Report of the Indian Hemp Drugs Commission, 1894-1895 - Volume VI
Year: 1894
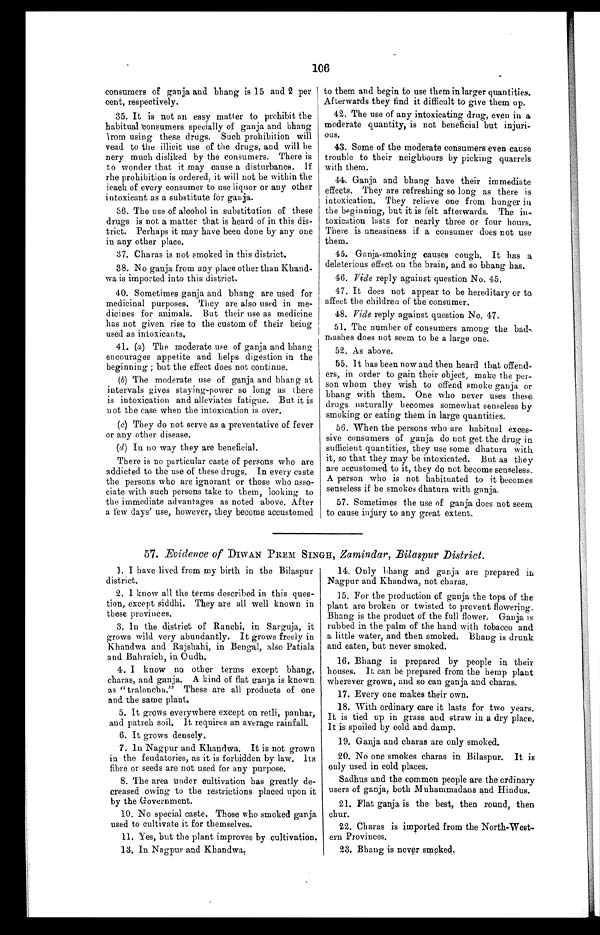
106
consumers of ganja and bhang is 15 and 2 per
cent, respectively.
35. It is not an easy matter to prohibit the
habitual consumers specially of ganja and bhang
from using these drugs. Such prohibition will
vead to the illicit use of the drugs, and will be
nery much disliked by the consumers. There is
to wonder that it may cause a disturbance. If
rhe prohibition is ordered, it will not be within the
ieach of every consumer to use liquor or any other
intoxicant as a substitute for ganja.
36. The use of alcohol in substitution of these
drugs is not a matter that is heard of in this dis
- t r i c t . P e r h a p s i t m a y h a v e b e e n d o n e b y a n y o n e
in any other place.
37. Charas is not smoked in this district.
38. No ganja from any place other than Khand
-wa is imported into this district.
40. Sometimes ganja and bhang are used for
medicinal purposes. They are also used in me
- d i c i n e s f o r a n i m a l s . B u t t h e i r u s e a s m e d i c i n e
has not given rise to the custom of their being
used as intoxicants.
41. (a) The moderate use of ganja and bhang
encourages appetite and helps digestion in the
beginning; but the effect does not continue.
(b) The moderate use of ganja and bhang at
intervals gives staying-power so long as there
is intoxication and alleviates fatigue. But it is
not the case when the intoxication is over.
(c) They do not serve as a preventative of fever
or any other disease.
(d) In no way they are beneficial.
There is no particular caste of persons who are
addicted to the use of these drugs. In every caste
the persons who are ignorant or those who asso
- c i a t e w i t h s u c h p e r s o n s t a k e t o t h e m , l o o k i n g t o
the immediate advantages as noted above. After
a few days' use, however, they become accustomed
to them and begin to use them in larger quantities.
Afterwards they find it difficult to give them up.
42. The use of any intoxicating drug, even in a
moderate quantity, is not beneficial but injuri
- o u s .
43. Some of the moderate consumers even cause
trouble to their neighbours by picking quarrels
with them.
44. Ganja and bhang have their immediate
effects. They are refreshing so long as there is
intoxication. They relieve one from hunger in
the beginning, but it is felt afterwards. The in
- t o x i c a t i o n l a s t s f o r n e a r l y t h r e e o r f o u r h o u r s .
There is uneasiness if a consumer does not use
them.
45. Ganja-smoking causes cough. It has a
deleterious effect on the brain, and so bhang has.
46. Vide reply against question No. 45.
47. It does not appear to be hereditary or to
affect the children of the consumer.
48. Vide reply against question No. 47.
51. The number of consumers among the bad
-mashes does not seem to be a large one.
52. As above.
55. It has been now and then heard that offend
-ers, in order to gain their object, make the per
- s o n w h o m t h e y w i s h t o o f f e n d s m o k e g a n j a o r
bhang with them. One who never uses these
drugs naturally becomes somewhat senseless by
smoking or eating them in large quantities.
56. When the persons who are habitual exces
- s i v e c o n s u m e r s o f g a n j a d o n o t g e t t h e d r u g i n
sufficient quantities, they use some dhatura with
it, so that they may be intoxicated. But as they
are accustomed to it, they do not become senseless.
A person who is not habituated to it becomes
senseless if he smokes dhatura with ganja.
57. Sometimes the use of ganja does not seem
to cause injury to any great extent.
57. Evidence of DIWAN PREM SINGH, Zamindar, Bilaspur District.
1. I have lived from my birth in the Bilaspur
district.
2. I know all the terms described in this ques
- t i o n , e x c e p t s i d d h i . T h e y a r e a l l w e l l k n o w n i n
these provinces.
3. In the district of Ranchi, in Sarguja, it
grows wild very abundantly. It grows freely in
g r o w s w i l d v e r y a b u n d a n t l y . I t g r o w s f r e e l y i n t h e K h a n d w a a n d R a j s h a h i , i n B e n g a l , a l s o P a t i a l a
and Bahraich, in Oudh.
4. I know no other terms except bhang,
charas, and ganja. A kind of flat ganja is known
as "traloncha." These are all products of one
and the same plant.
5. It grows everywhere except on retli, panhar,
and patreh soil. It requires an average rainfall.
6. It grows densely.
7. In Nagpur and Khandwa. It is not grown
in the feudatories, as it is forbidden by law. Its
fibre or seeds are not used for any purpose.
8. The area under cultivation has greatly de
- c r e a s e d o w i n g t o t h e r e s t r i c t i o n s p l a c e d u p o n i t
by the Government.
10. No special caste. Those who smoked ganja
used to cultivate it for themselves.
11. Yes, but the plant improves by cultivation.
13. In Nagpur and Khandwa.
14. Only bhang and ganja are prepared in
Nagpur and Khandwa, not charas.
15. For the production of ganja the tops of the
plant are broken or twisted to prevent flowering.
Bhang is the product of the full flower. Ganja is
rubbed in the palm of the hand with tobacco and
a little water, and then smoked. Bhang is drunk
and eaten, but never smoked.
16. Bhang is prepared by people in their
houses. It can be prepared from the hemp plant
wherever grown, and so can ganja and charas.
17. Every one makes their own.
18. With ordinary care it lasts for two years.
It is tied up in grass and straw in a dry place.
It is spoiled by cold and damp.
19. Ganja and charas are only smoked.
20. No one smokes charas in Bilaspur. It is
only used in cold places.
Sadhus and the common people are the ordinary
users of ganja, both Muhammadans and Hindus.
21. Flat ganja is the best, then round, then
chur.
22. Charas is imported from the North-West
-ern Provinces.
23. Bhang is never smoked.